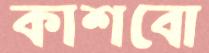
কাশবো